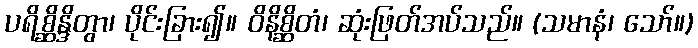
ပရိစ္ဆိန္ဒိတွာ၊ ပိုင်းခြား၍။ ဝိနိစ္ဆိတံ၊ ဆုံးဖြတ်အပ်သည်။ (သမာနံ၊ သော်။)